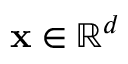
\mathbf { x } \in \mathbb { R } ^ { d }